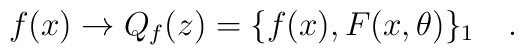
f(x)\to Q_f(z)=\{f(x),F(x,\theta )\}_1\,\,\,\,\,\,.